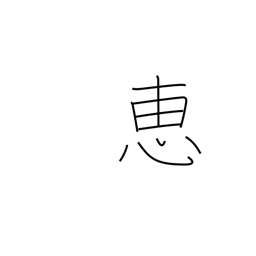
Meaning: favor